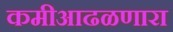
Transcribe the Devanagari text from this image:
कमीआढळणारा